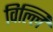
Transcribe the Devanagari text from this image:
विल्लिं